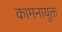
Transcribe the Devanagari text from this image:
कामनायुक्त